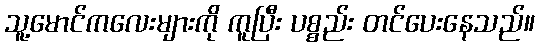
သူ့မောင်ကလေးများကို ကူပြီး ပစ္စည်း တင်ပေးနေသည်။